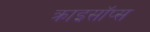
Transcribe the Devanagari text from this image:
क्राइसॉप्स